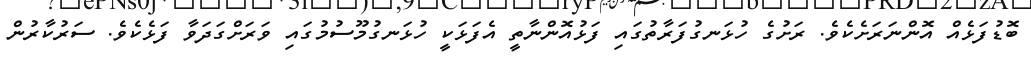
ބޮޑުފަޅެއް އޮންނަރަށެކެވެ. ރަށުގެ ހުޅަނގުފަރާތުގައި ފަޅުއޮންނާތީ އެފަޅަކީ ހުޅަނގުމޫސުމުގައި ވަރަށްގަދަވާ ފަޅެކެވެ. ސަރުކާރުން